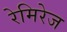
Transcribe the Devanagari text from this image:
रेमिरेज